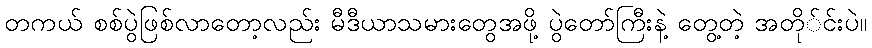
တကယ် စစ်ပွဲဖြစ်လာတော့လည်း မီဒီယာသမားတွေအဖို့ ပွဲတော်ကြီးနဲ့ တွေ့တဲ့ အတို်င်းပဲ။